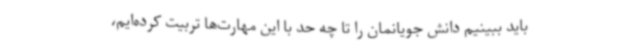
باید ببینیم دانش جویانمان را تا چه حد با این مهارت‌ها تربیت کرده‌ایم،